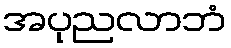
အပုညလာဘံ